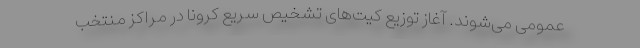
عمومی می‌شوند. آغاز توزیع کیت‌های تشخیص سریع کرونا در مراکز منتخب